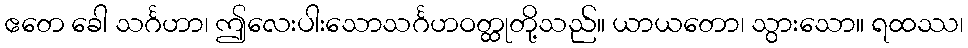
ဧတေ ခေါ သင်္ဂဟာ၊ ဤလေးပါးသောသင်္ဂဟဝတ္ထုတို့သည်။ ယာယတော၊ သွားသော။ ရထဿ၊